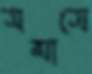
সমাসে